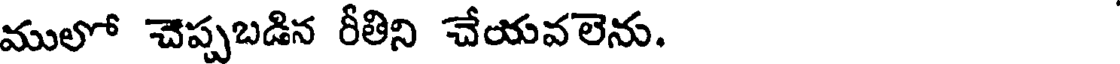
ములో చెప్పబడిన రీతిని చేయవలెను.